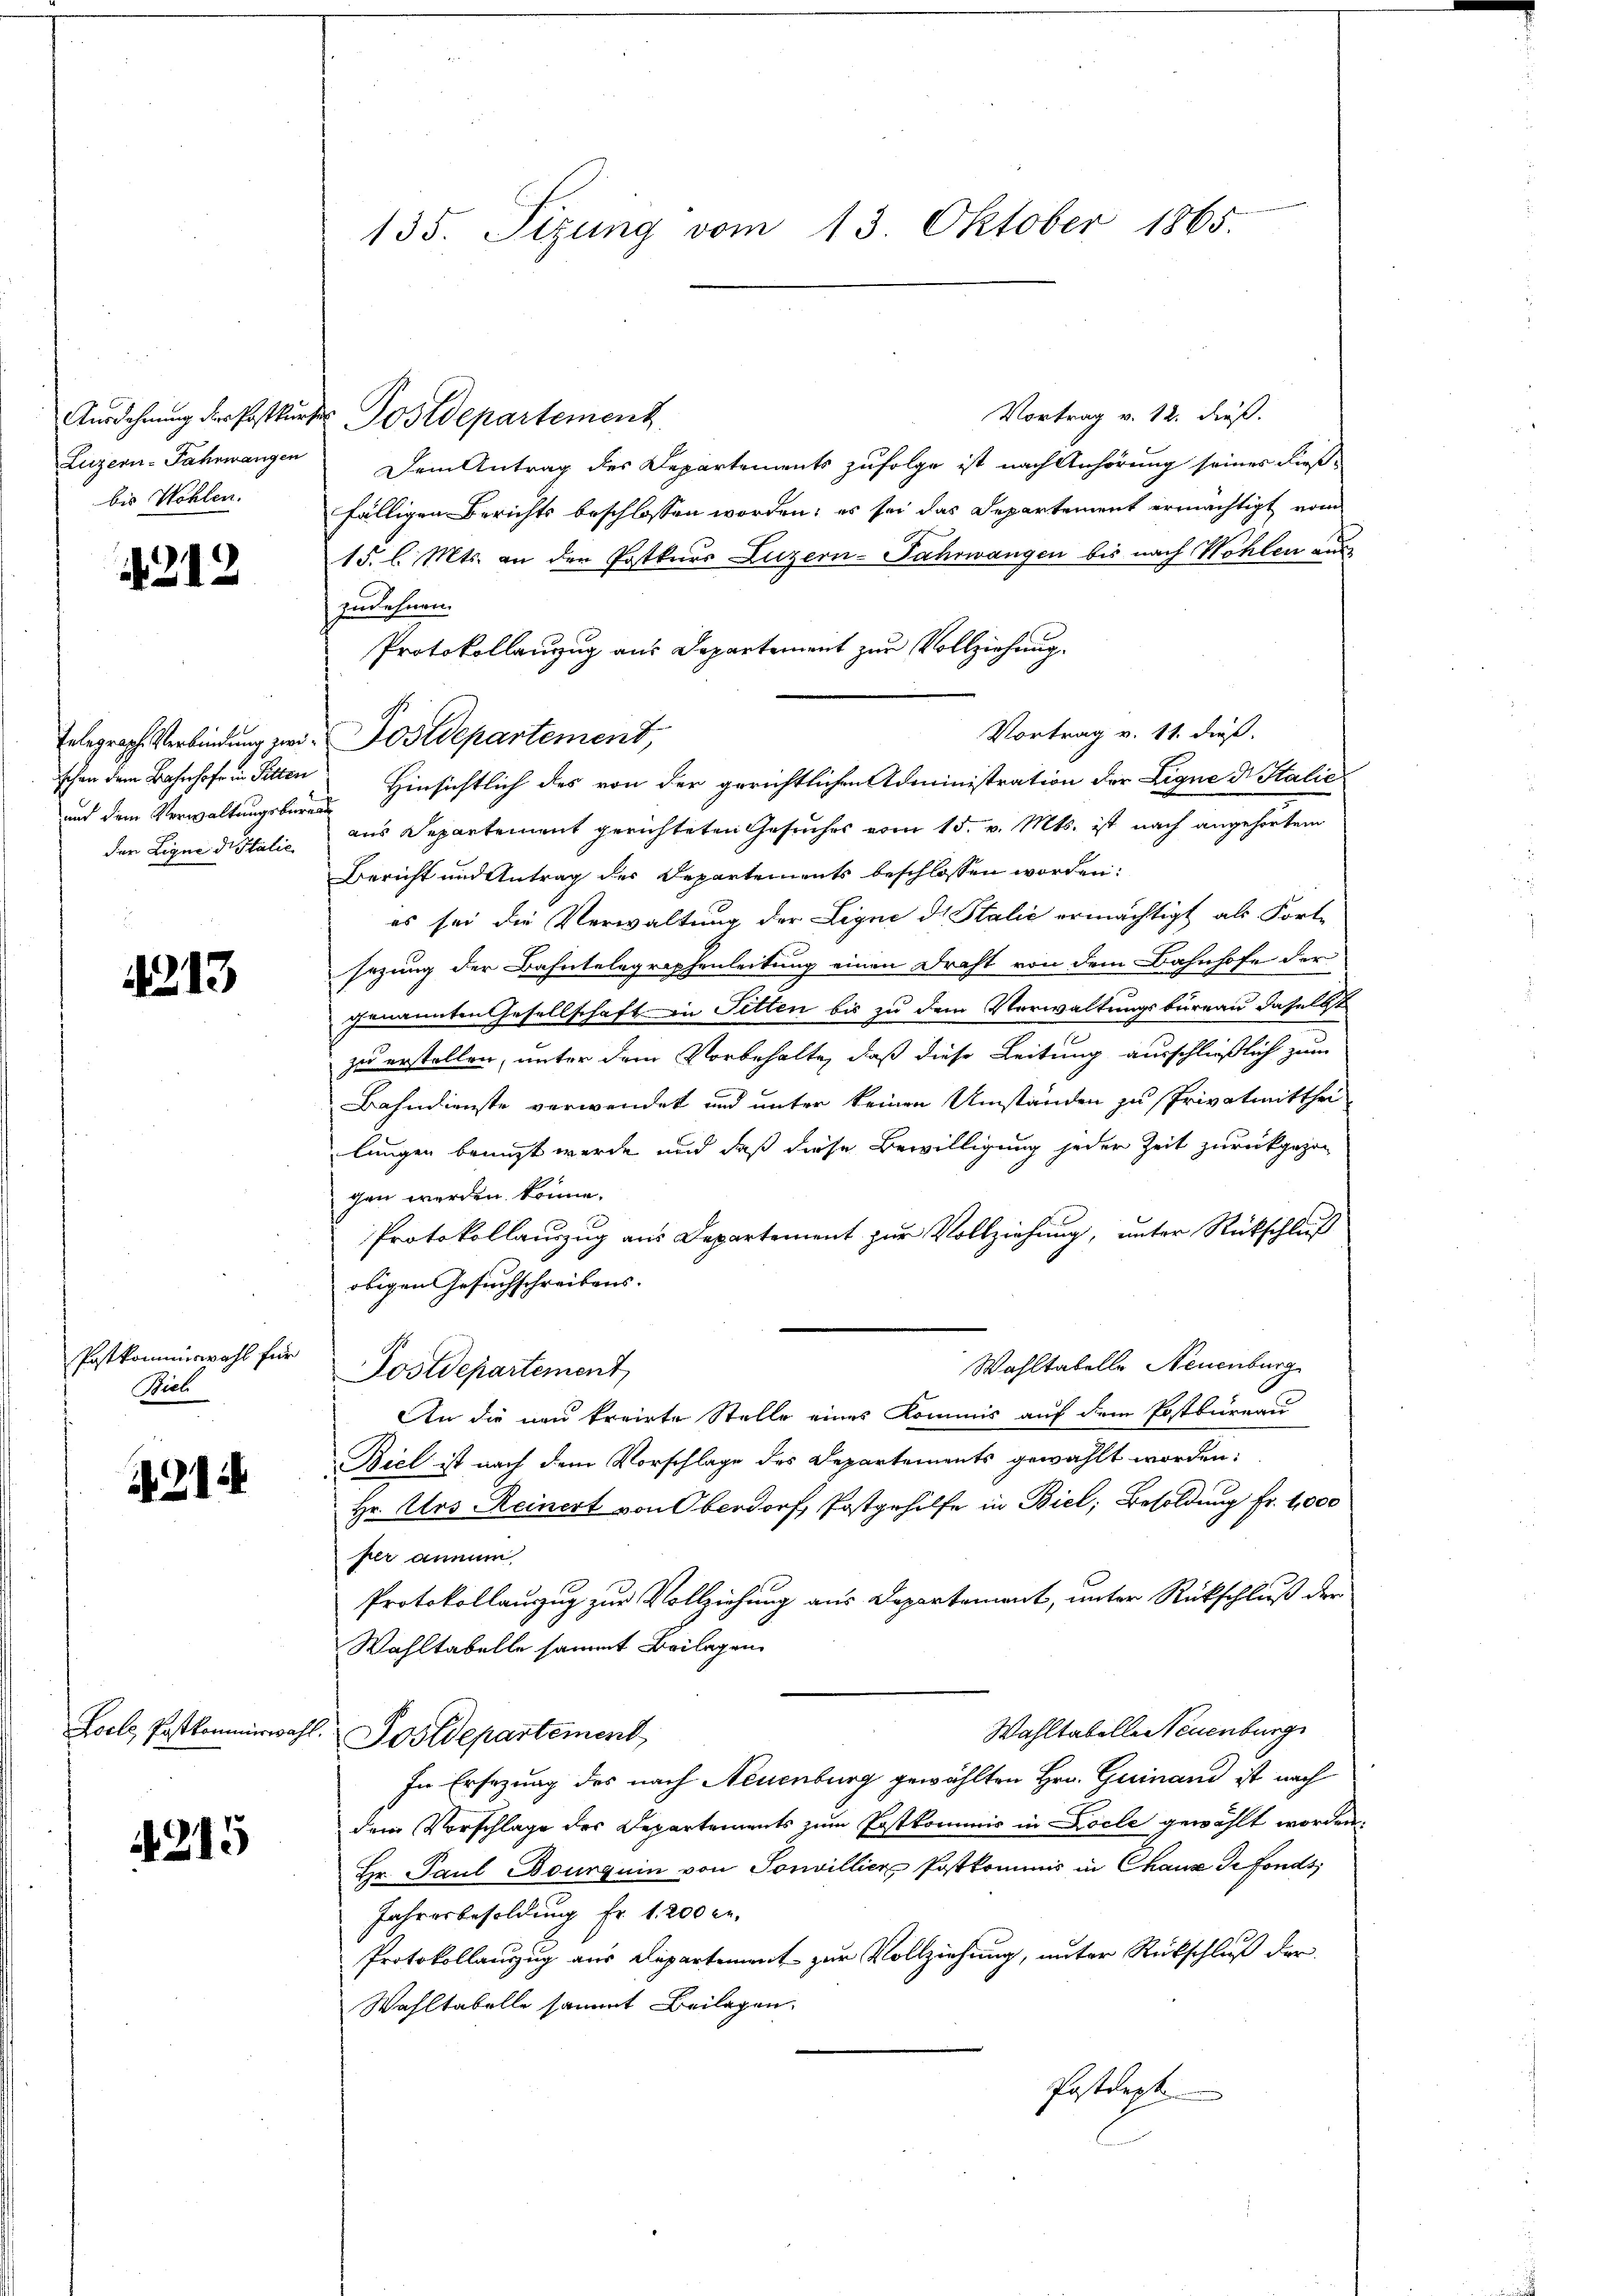
Luzern-Fahrwangen
bis Wohlen.

1212

schen dem Bahnhofe in Pitten
aud dem Verwaltungsbureau
der Ligne di Italie

213

Postkommiswahl für
Biel

214

Kocle, Postkommerwahl.

4215

135. Sizung vom 13. Oktober 1865.

Vortrag v. 12. dieß.
Dem Antrag des Departements zufolge ist nach Anhörung seines dieß-
fälligen Berichts beschlossen worden; es sei das Departement ermächtigt vom
15. l. Mts. an der Postkurs Luzern-Jahrwangen bis nach Wohlen aus
zudehnen.
Protokollanzug aus Departement zur Vollziehung.
Vortrag v. 11. dieß.
Telegraph Verbindung zwei Postdepartement,
Hinsichtlich des von der gerichtlichen Administration der Ligne dr Italie
aus Departement gerichteten Gesuches vom 15. v. Mts. ist nach angehörtem
Bericht und Antrag der Departements beschlossen worden:
es sei die Verwaltung der Ligne de Stalić ermächtigt als Fort-
sezung der Bahntelegraphenleitung einen Draht von dem Bahnhofe der
genannten Gesellschaft in Sitten bis zu dem Verwaltungsbureau daselbst
zu erstellen, unter dem Vorbehalte, daß diese Leitung ausschließlich zum
Bahndienste verwendet und unter keinen Umständen zu Privatmitthei
lungen bringt werde und daß diese Bewilligung jeder Zeit zurückgezog
gen werden könne.
Protokollauszug aus Departement zur Vollziehung, unter Rückschluß
obigen Gesuchschreibens-
Wahltatelle Neuenburg
Postdepartement
An die neu kreirte Stelle eines Kommis auf dem Postbureau
Biel ist nach dem Vorschlage des Departements gewählt worden:
Hr. Urs Reinert von Oberdorf Postgehilfe in Biel, Besoldung fr. 4000
per annum
Protokollauzug zur Vollziehung aus Departement, unter Rückschluß der
Wahltabelle sammt Beilagen
Wahltabelle Neuenburg
Postdepartement
In Ersezung des nach Neuenburg gewählten Hrn. Guinand ist nach
dem Vorschlage des Departements zum Postkommis in Locle gewählt worden.
Hr. Paul Bourquin von Sonvillier Postkommis in Chause de fonds,
Jahresbesoldung Fr. 1. 200 l.
Protokollauszug aus Departement zur Vollziehung, unter Rückschluß der
Wahltabelle sammt Beilagen.
Postdept

Ausdehnung des Postkurses Postdepartement